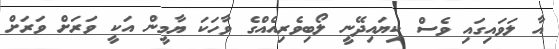
އާ ލަވައިގައި ވެސް ކިޔައިދޭނީ ލޯބިވެރިއެއްގެ ވާހަކަ ޔާމީން އަކީ ވަރަށް ވަރަށް